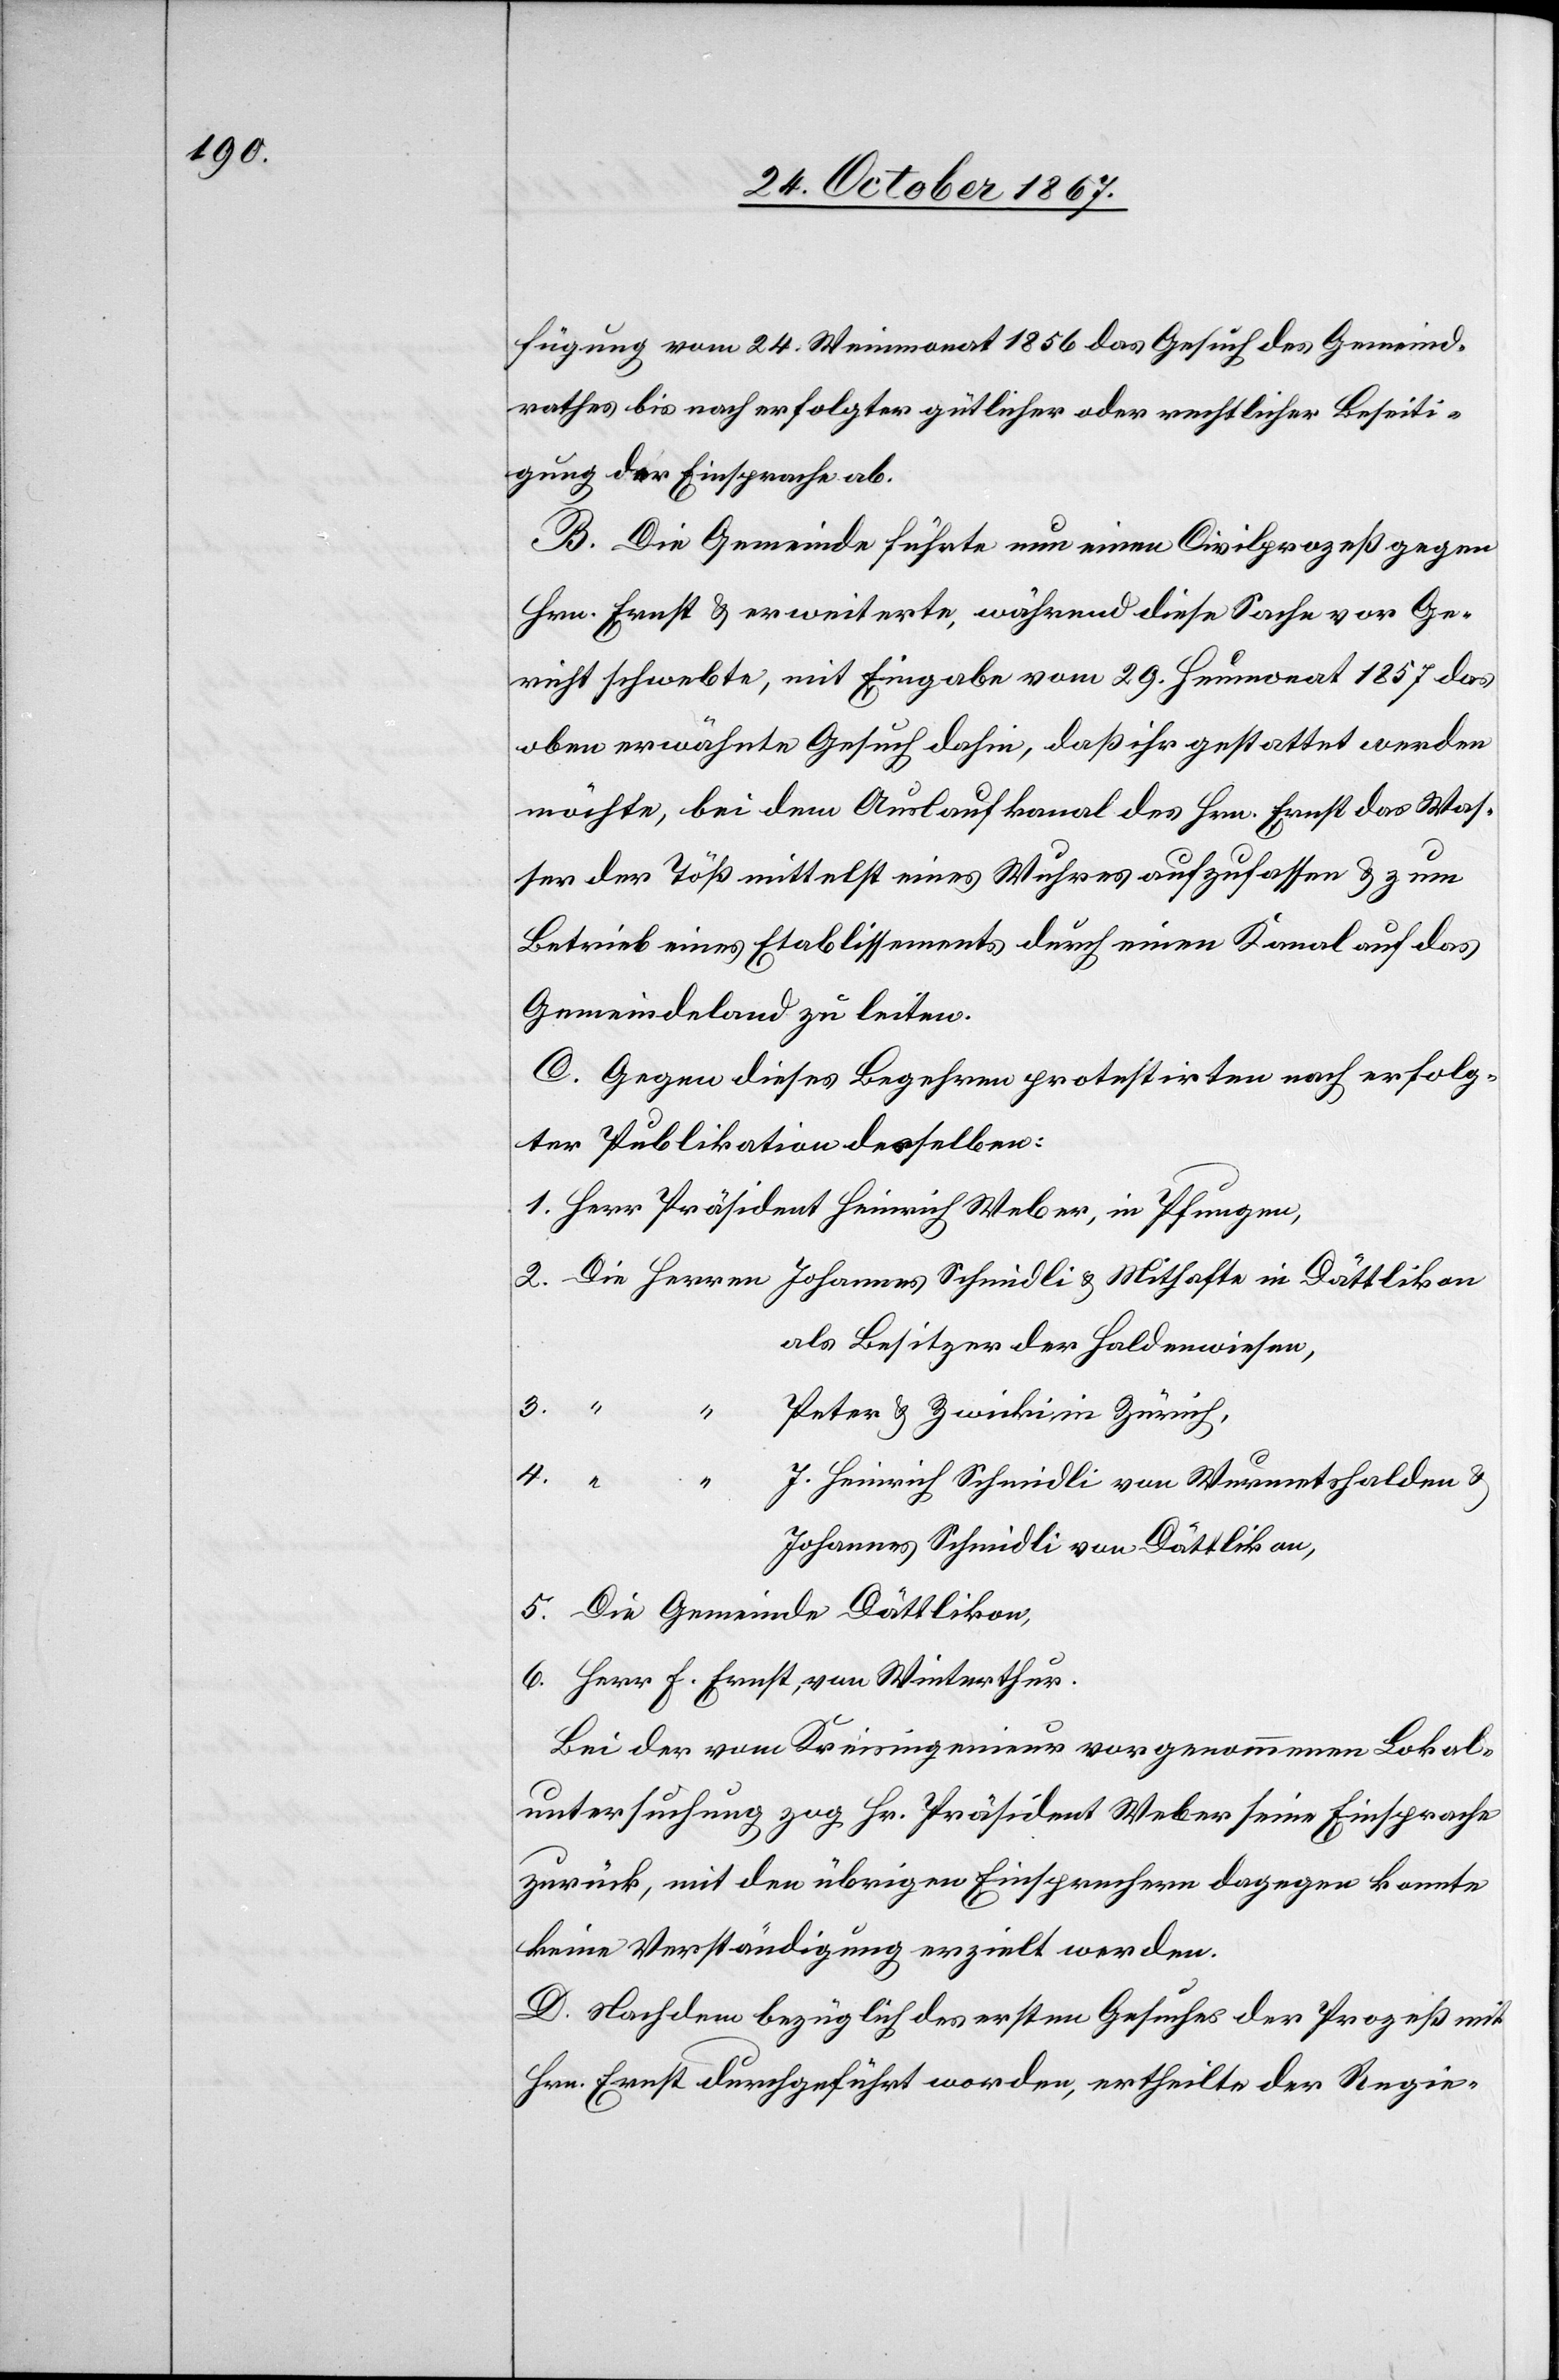
fügung vom 24. Weinmonat 1856 das Gesuch des Gemeind¬
rathes bis nach erfolgter gütlicher oder rechtlicher Beseiti¬
gung der Einsprache ab.
B. Die Gemeinde führte nun einen Civilprozeß gegen
Hrn. Ernst u. erweiterte, während diese Sache vor Ge¬
richt schwebte, mit Eingabe vom 29. Heumonat 1857 das
oben erwähnte Gesuch dahin, daß ihr gestattet werden
möchte, bei dem Auslaufkanal des Hrn. Ernst das Was¬
ser der Töß mittelst eines Wuhres aufzufassen u. zum
Betrieb eines Etablissements durch einen Kanal auf das
Gemeindeland zu leiten.
C. Gegen dieses Begehren protestirten nach erfolg¬
ter Publikation desselben:
Herr Präsident Heinrich Weber, in Pfungen,
als Besitzer der Holdenwiesen,
3.
lden u.
Peter u. Zwicki in Zürich,
Johannes Schmidli von Dättlikon,
Die Gemeinde Dättlikon.
Herr F. Ernst, von Winterthur.
Bei der vom Kreisingenieur vorgenommenen Lokal¬
untersuchung zog Hr. Präsident Weber seine Einsprache
zurück, mit den übrigen Einsprechern dagegen konnte
keine Verständigung erzielt werden.
D. Nachdem bezüglich des ersten Gesuches der Prozeß mit
Hrn. Ernst durchgeführt worden, ertheilte der Regie-